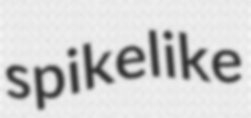
spikelike